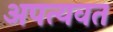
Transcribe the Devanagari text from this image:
अपत्यवत